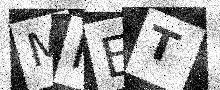
Text: MFET